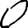
Digit: 0